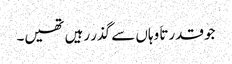
جو قدرتاَ وہاں سے گذر رہیں تھیں۔